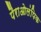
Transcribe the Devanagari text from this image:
पैराओलंपिक